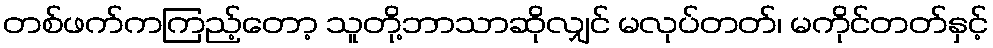
တစ်ဖက်ကကြည့်တော့ သူတို့ဘာသာဆိုလျှင် မလုပ်တတ်၊ မကိုင်တတ်နှင့်